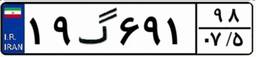
۲۹گ۳۹۸۰۵